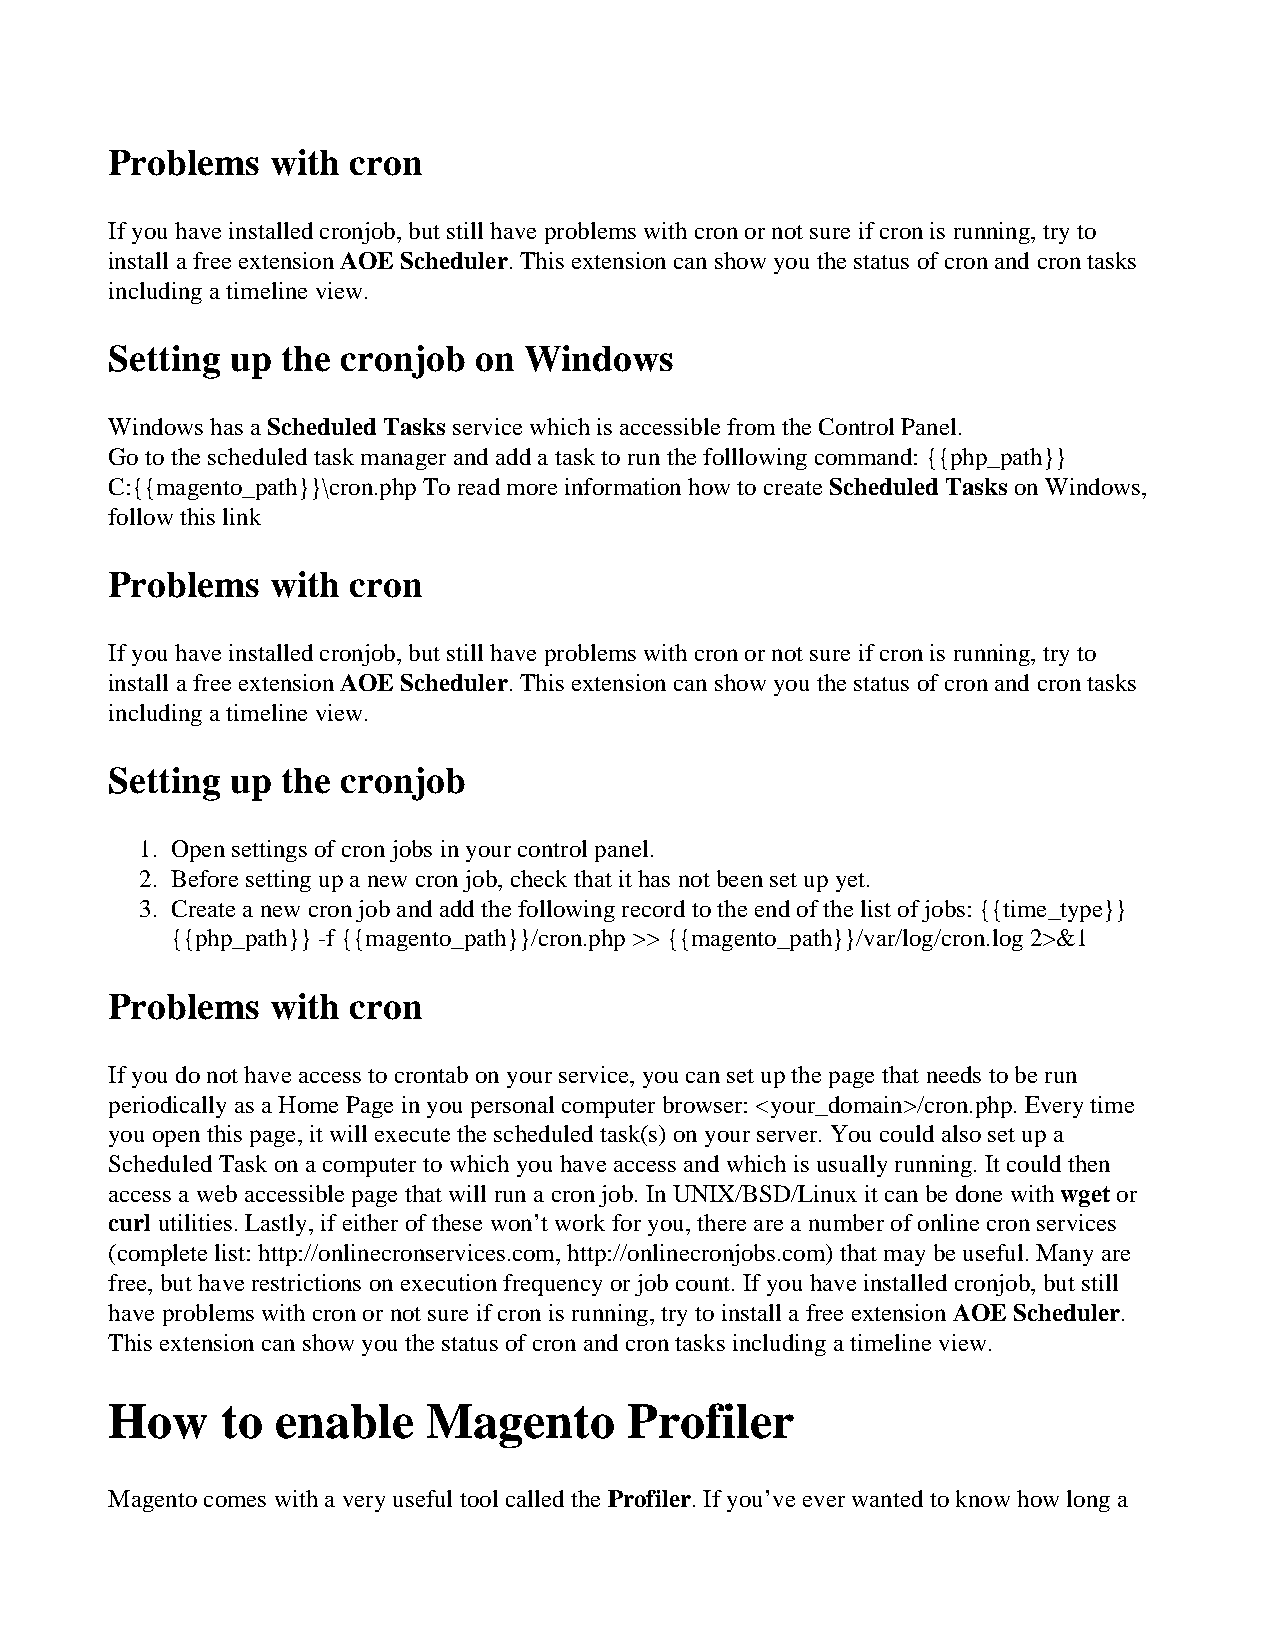
Problems   with cron
 If you have installed cronjob, but still have problems with cron or not sure if cron is running, try to
 install a free extension AOE Scheduler. This extension can show you the status of cron and cron tasks
 including a timeline view.
 Setting up  the cronjob on  Windows
 Windows has a Scheduled Tasks service which is accessible from the Control Panel.
 Go to the scheduled task manager and add a task to run the folllowing command: {{php_path}}
 C:{{magento_path}}\cron.php To read more information how to create Scheduled Tasks on Windows,
 follow this link
 Problems   with cron
 If you have installed cronjob, but still have problems with cron or not sure if cron is running, try to
 install a free extension AOE Scheduler. This extension can show you the status of cron and cron tasks
 including a timeline view.
 Setting up  the cronjob
 1. Open settings of cron jobs in your control panel.
 2. Before setting up a new cron job, check that it has not been set up yet.
 3. Create a new cron job and add the following record to the end of the list of jobs: {{time_type}}
 {{php_path}} -f {{magento_path}}/cron.php >> {{magento_path}}/var/log/cron.log 2>&1
 Problems   with cron
 If you do not have access to crontab on your service, you can set up the page that needs to be run
 periodically as a Home Page in you personal computer browser: <your_domain>/cron.php. Every time
 you open this page, it will execute the scheduled task(s) on your server. You could also set up a
 Scheduled Task on a computer to which you have access and which is usually running. It could then
 access a web accessible page that will run a cron job. In UNIX/BSD/Linux it can be done with wget or
 curl utilities. Lastly, if either of these won’t work for you, there are a number of online cron services
 (complete list: http://onlinecronservices.com, http://onlinecronjobs.com) that may be useful. Many are
 free, but have restrictions on execution frequency or job count. If you have installed cronjob, but still
 have problems with cron or not sure if cron is running, try to install a free extension AOE Scheduler.
 This extension can show you the status of cron and cron tasks including a timeline view.
 How     to enable    Magento       Profiler
 Magento comes with a very useful tool called the Profiler. If you’ve ever wanted to know how long a